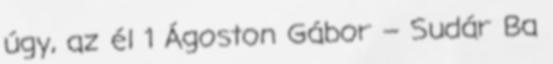
úgy, az él 1 Ágoston Gábor – Sudár Ba